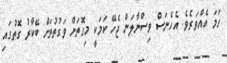
ހަމަ އެއްވަރެވެ. އެހެނަސް ވިސްނާލަން ޖެހޭ ކަމަކީ މިގޮތަށް ވަގުތުތަށް ބޭކާރު ގޮތުގައި